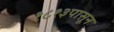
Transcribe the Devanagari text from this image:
१८१३पासून